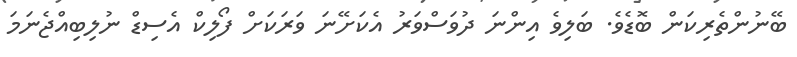
ބޭނުންތެރިކަން ބޮޑެވެ. ބަލިވެ އިންނަ ދުވަސްވަރު އެކަށޭނަ ވަރަކަށް ފޯލިކް އެސިޑް ނުލިބިއްޖެނަމަ